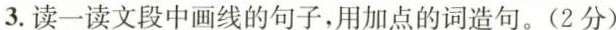
3.读一读文段中画线的句子，用加点的词造句。(2分)